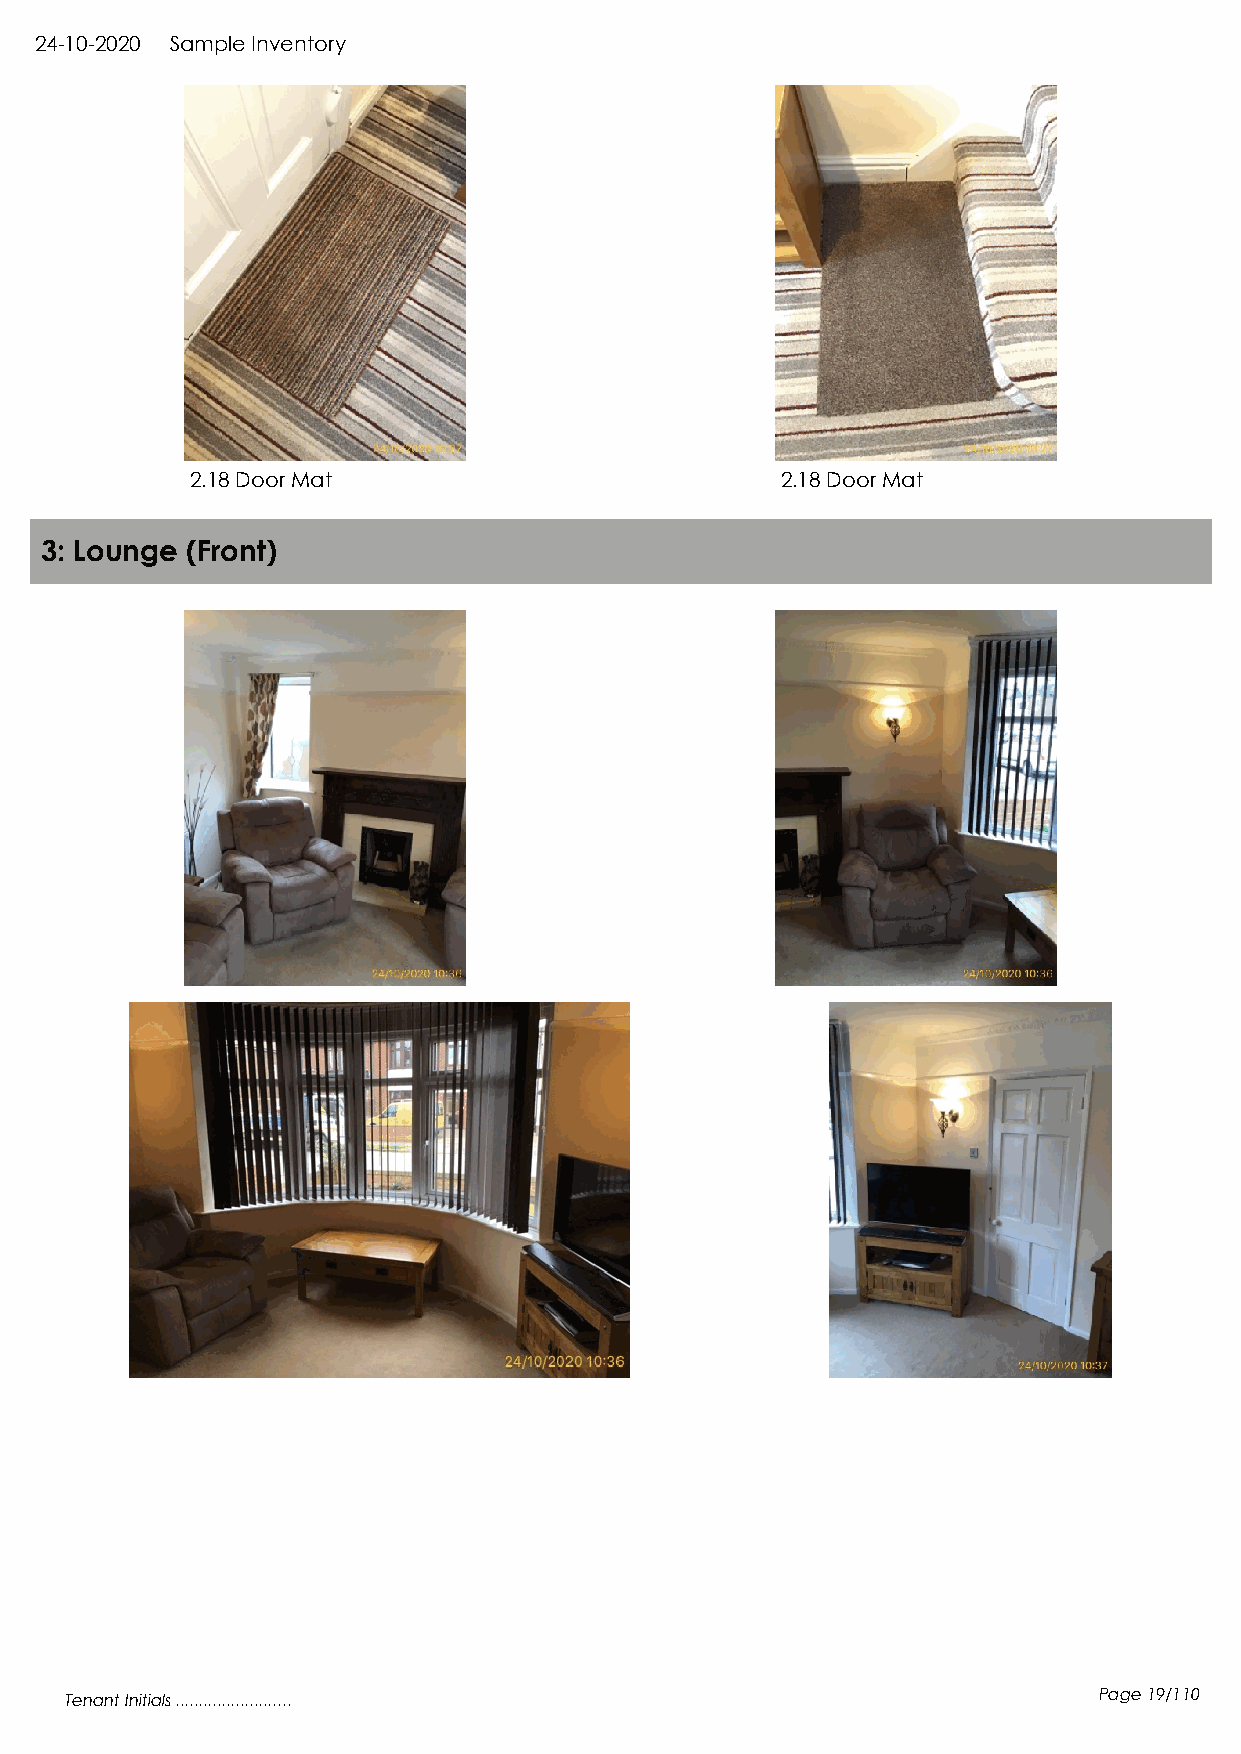
24-10-2020 Sample Inventory
 2.18 Door Mat                          2.18 Door Mat
 3: Lounge (Front)
 Tenant Initials .........................                            Page 19/110